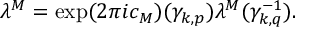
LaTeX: \lambda ^ { M } = \exp ( 2 \pi i c _ { M } ) ( { \gamma } _ { k , p } ) \lambda ^ { M } ( { \gamma } _ { k , q } ^ { - 1 } ) .